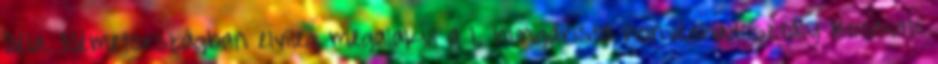
Béla. Németországban elvileg megalakul a 1. hungarista honvédhadosztály Kossuth